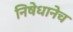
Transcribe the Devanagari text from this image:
निषेधानेच